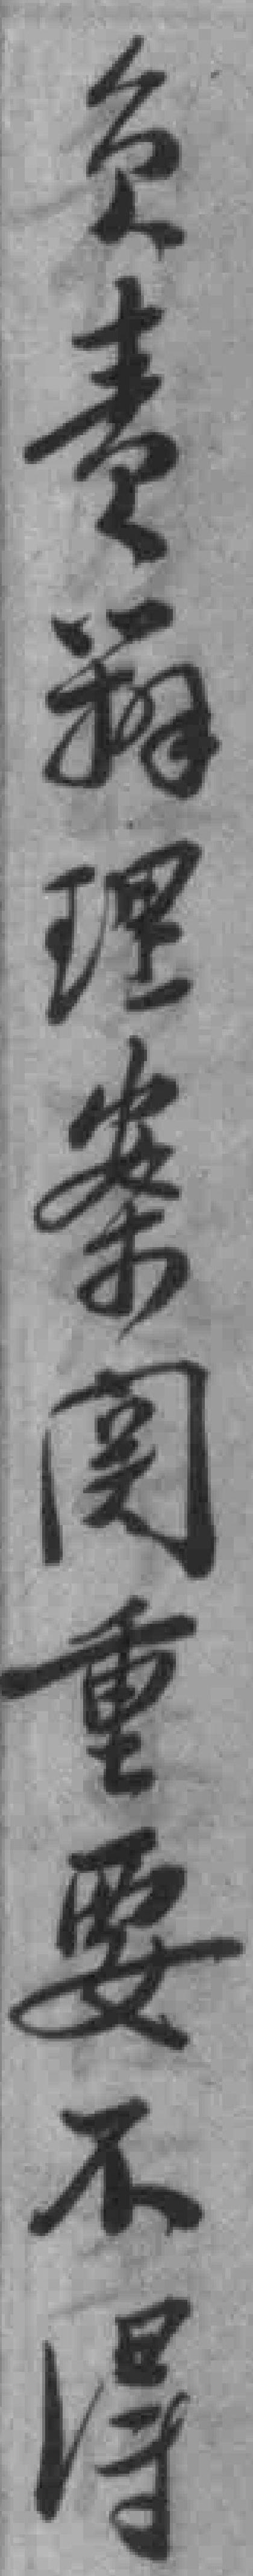
负责*理案*重要不得